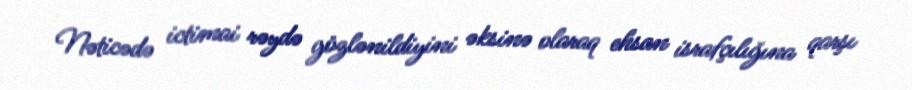
Nəticədə ictimai rəydə gözlənildiyini əksinə olaraq ehsan israfçılığına qarşı